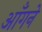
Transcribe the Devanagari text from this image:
आँगने